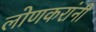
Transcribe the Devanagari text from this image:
लोणकरांनी